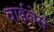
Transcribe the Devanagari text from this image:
वाईलेर्स